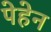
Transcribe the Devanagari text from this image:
पेहेन